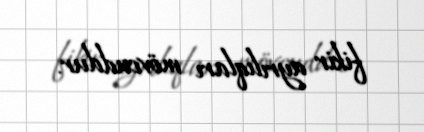
fikir ayrılıqları mövcuddur.